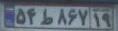
۵۴ط۸۶۷۱۹